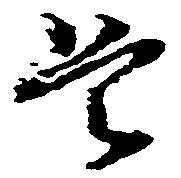
是